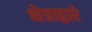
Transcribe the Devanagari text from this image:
क्षेत्राद्वारे